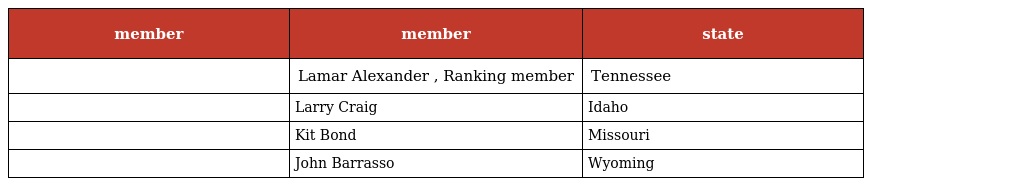
| member | member | state |
 | --- | --- | --- |
 |  | Lamar Alexander , Ranking member | Tennessee |
 |  | Larry Craig | Idaho |
 |  | Kit Bond | Missouri |
 |  | John Barrasso | Wyoming |